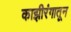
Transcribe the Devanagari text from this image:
काझीरंगातून